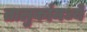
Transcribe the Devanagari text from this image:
तालुकांमध्ये